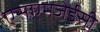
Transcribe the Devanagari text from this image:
एसएमजेईसी